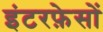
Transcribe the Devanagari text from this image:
इंटरफ़ेसों